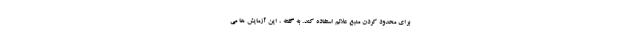
برای محدود کردن منبع علائم استفاده کند. به گفته ، این آزمایش ها می